Annual administration report of the Civil Veterinary Department of India - 1893-1894
Year: 1893
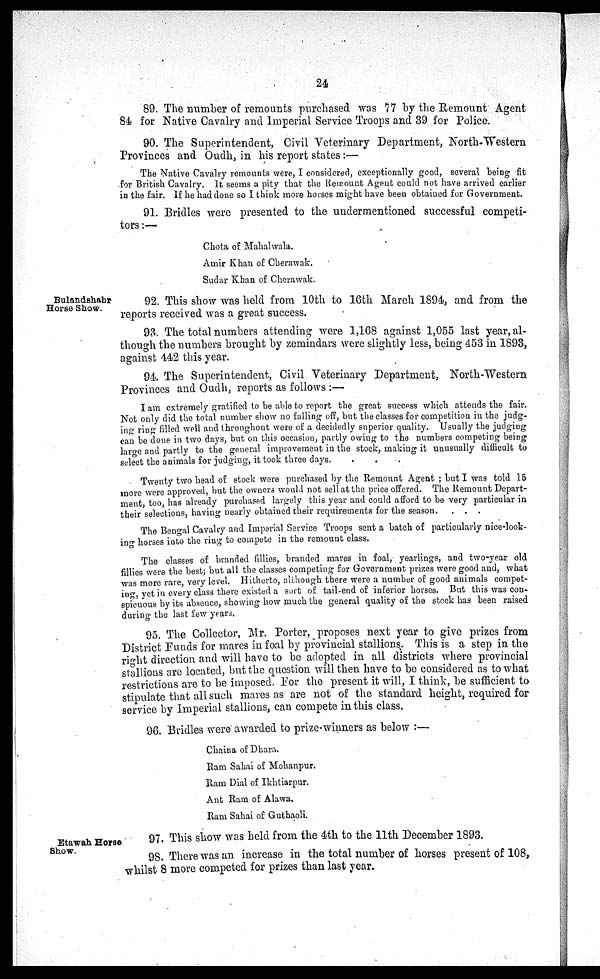
24
89. The number of remounts purchased was 77 by the Remount Agent
84 for Native Cavalry and Imperial Service Troops and 39 for Police.
90. The Superintendent, Civil Veterinary Department, North-Western
Provinces and Oudh, in his report states:—
The Native Cavalry remounts were, I considered, exceptionally good, several being fit
for British Cavalry. It seems a pity that the Remount Agent could not have arrived earlier
in the fair. If he had done so I think more horses might have been obtained for Government.
91. Bridles were presented to the undermentioned successful competi-
tors:—
Chota of Mahalwala.
Amir Khan of Cherawak.
Sudar Khan of Cherawak.
Bulandshahr
Horse Show.
92. This show was held from 10th to 16th March 1894, and from the
reports received was a great success.
93. The total numbers attending were 1,168 against 1,055 last year, al-
though the numbers brought by zemindars were slightly less, being 453 in 1893,
against 442 this year.
94. The Superintendent, Civil Veterinary Department, North-Western
Provinces and Oudh, reports as follows:—
I am extremely gratified to be able to report the great success which attends the fair.
Not only did the total number show no falling off, but the classes for competition in the judg-
ing ring filled well and throughout were of a decidedly superior quality. Usually the judging
can be done in two days, but on this occasion, partly owing to the numbers competing being
large and partly to the general improvement in the stock, making it unusually difficult to
select the animals for judging, it took three days.
Twenty two head of stock were purchased by the Remount Agent; but I was told 15
more were approved, but the owners would not sell at the price offered. The Remount Depart-
ment, too, has already purchased largely this year and could afford to be very particular in
their selections, having nearly obtained their requirements for the season. . . .
The Bengal Cavalry and Imperial Service Troops sent a batch of particularly nice-look-
ing horses into the ring to compete in the remount class.
The classes of branded fillies, branded mares in foal, yearlings, and two-year old
fillies were the best; but all the classes competing for Government prizes were good and, what
was more rare, very level. Hitherto, although there were a number of good animals compet-
ing, yet in every class there existed a sort of tail-end of inferior horses. But this was con-
spicuous by its absence, showing how much the general quality of the stock has been raised
during the last few years.
95. The Collector, Mr. Porter, proposes next year to give prizes from
District Funds for mares in foal by provincial stallions. This is a step in the
right direction and will have to be adopted in all districts where provincial
stallions are located, but the question will then have to be considered as to what
restrictions are to be imposed. For the present it will, I think, be sufficient to
stipulate that all such mares as are not of the standard height, required for
service by Imperial stallions, can compete in this class.
96. Bridles were awarded to prize-winners as below:—
Chaina of Dhara.
Ram Sahai of Mohanpur.
Ram Dial of Ikhtiarpur.
Ant Ram of Alawa.
Ram Sahai of Guthaoli.
Etawah Horse
Show.
97. This show was held from the 4th to the 11th December 1893.
98. There was an increase in the total number of horses present of 108,
whilst 8 more competed for prizes than last year.